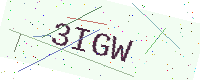
Text: 3IGW